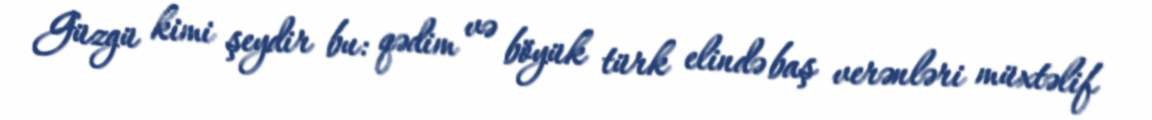
Güzgü kimi şeydir bu: qədim və böyük türk elində baş verənləri müxtəlif